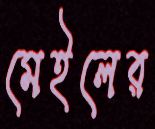
মেইলের